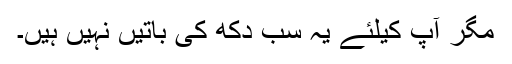
مگر آپ کیلئے یہ سب دکھ کی باتیں نہیں ہیں۔